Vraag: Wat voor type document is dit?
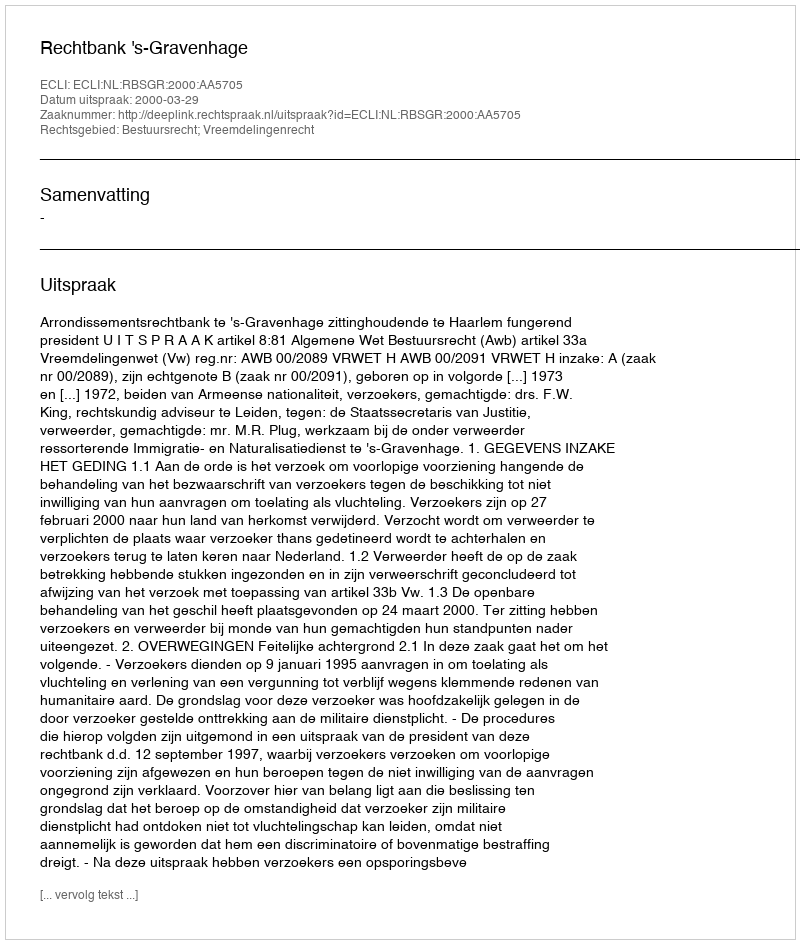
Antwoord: Uitspraak